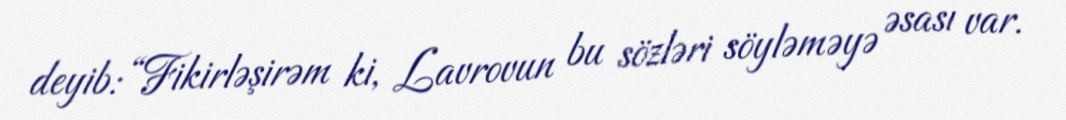
deyib: “Fikirləşirəm ki, Lavrovun bu sözləri söyləməyə əsası var.